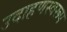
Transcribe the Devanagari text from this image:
उदाहणस्वरूप